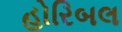
હોરિબલ